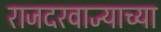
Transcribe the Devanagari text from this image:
राजदरवाज्याच्या